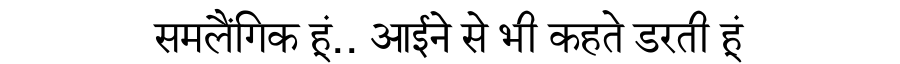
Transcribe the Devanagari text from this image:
समलैंगिक हूं.. आईने से भी कहते डरती हूं